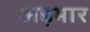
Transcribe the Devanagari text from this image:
अड़भार